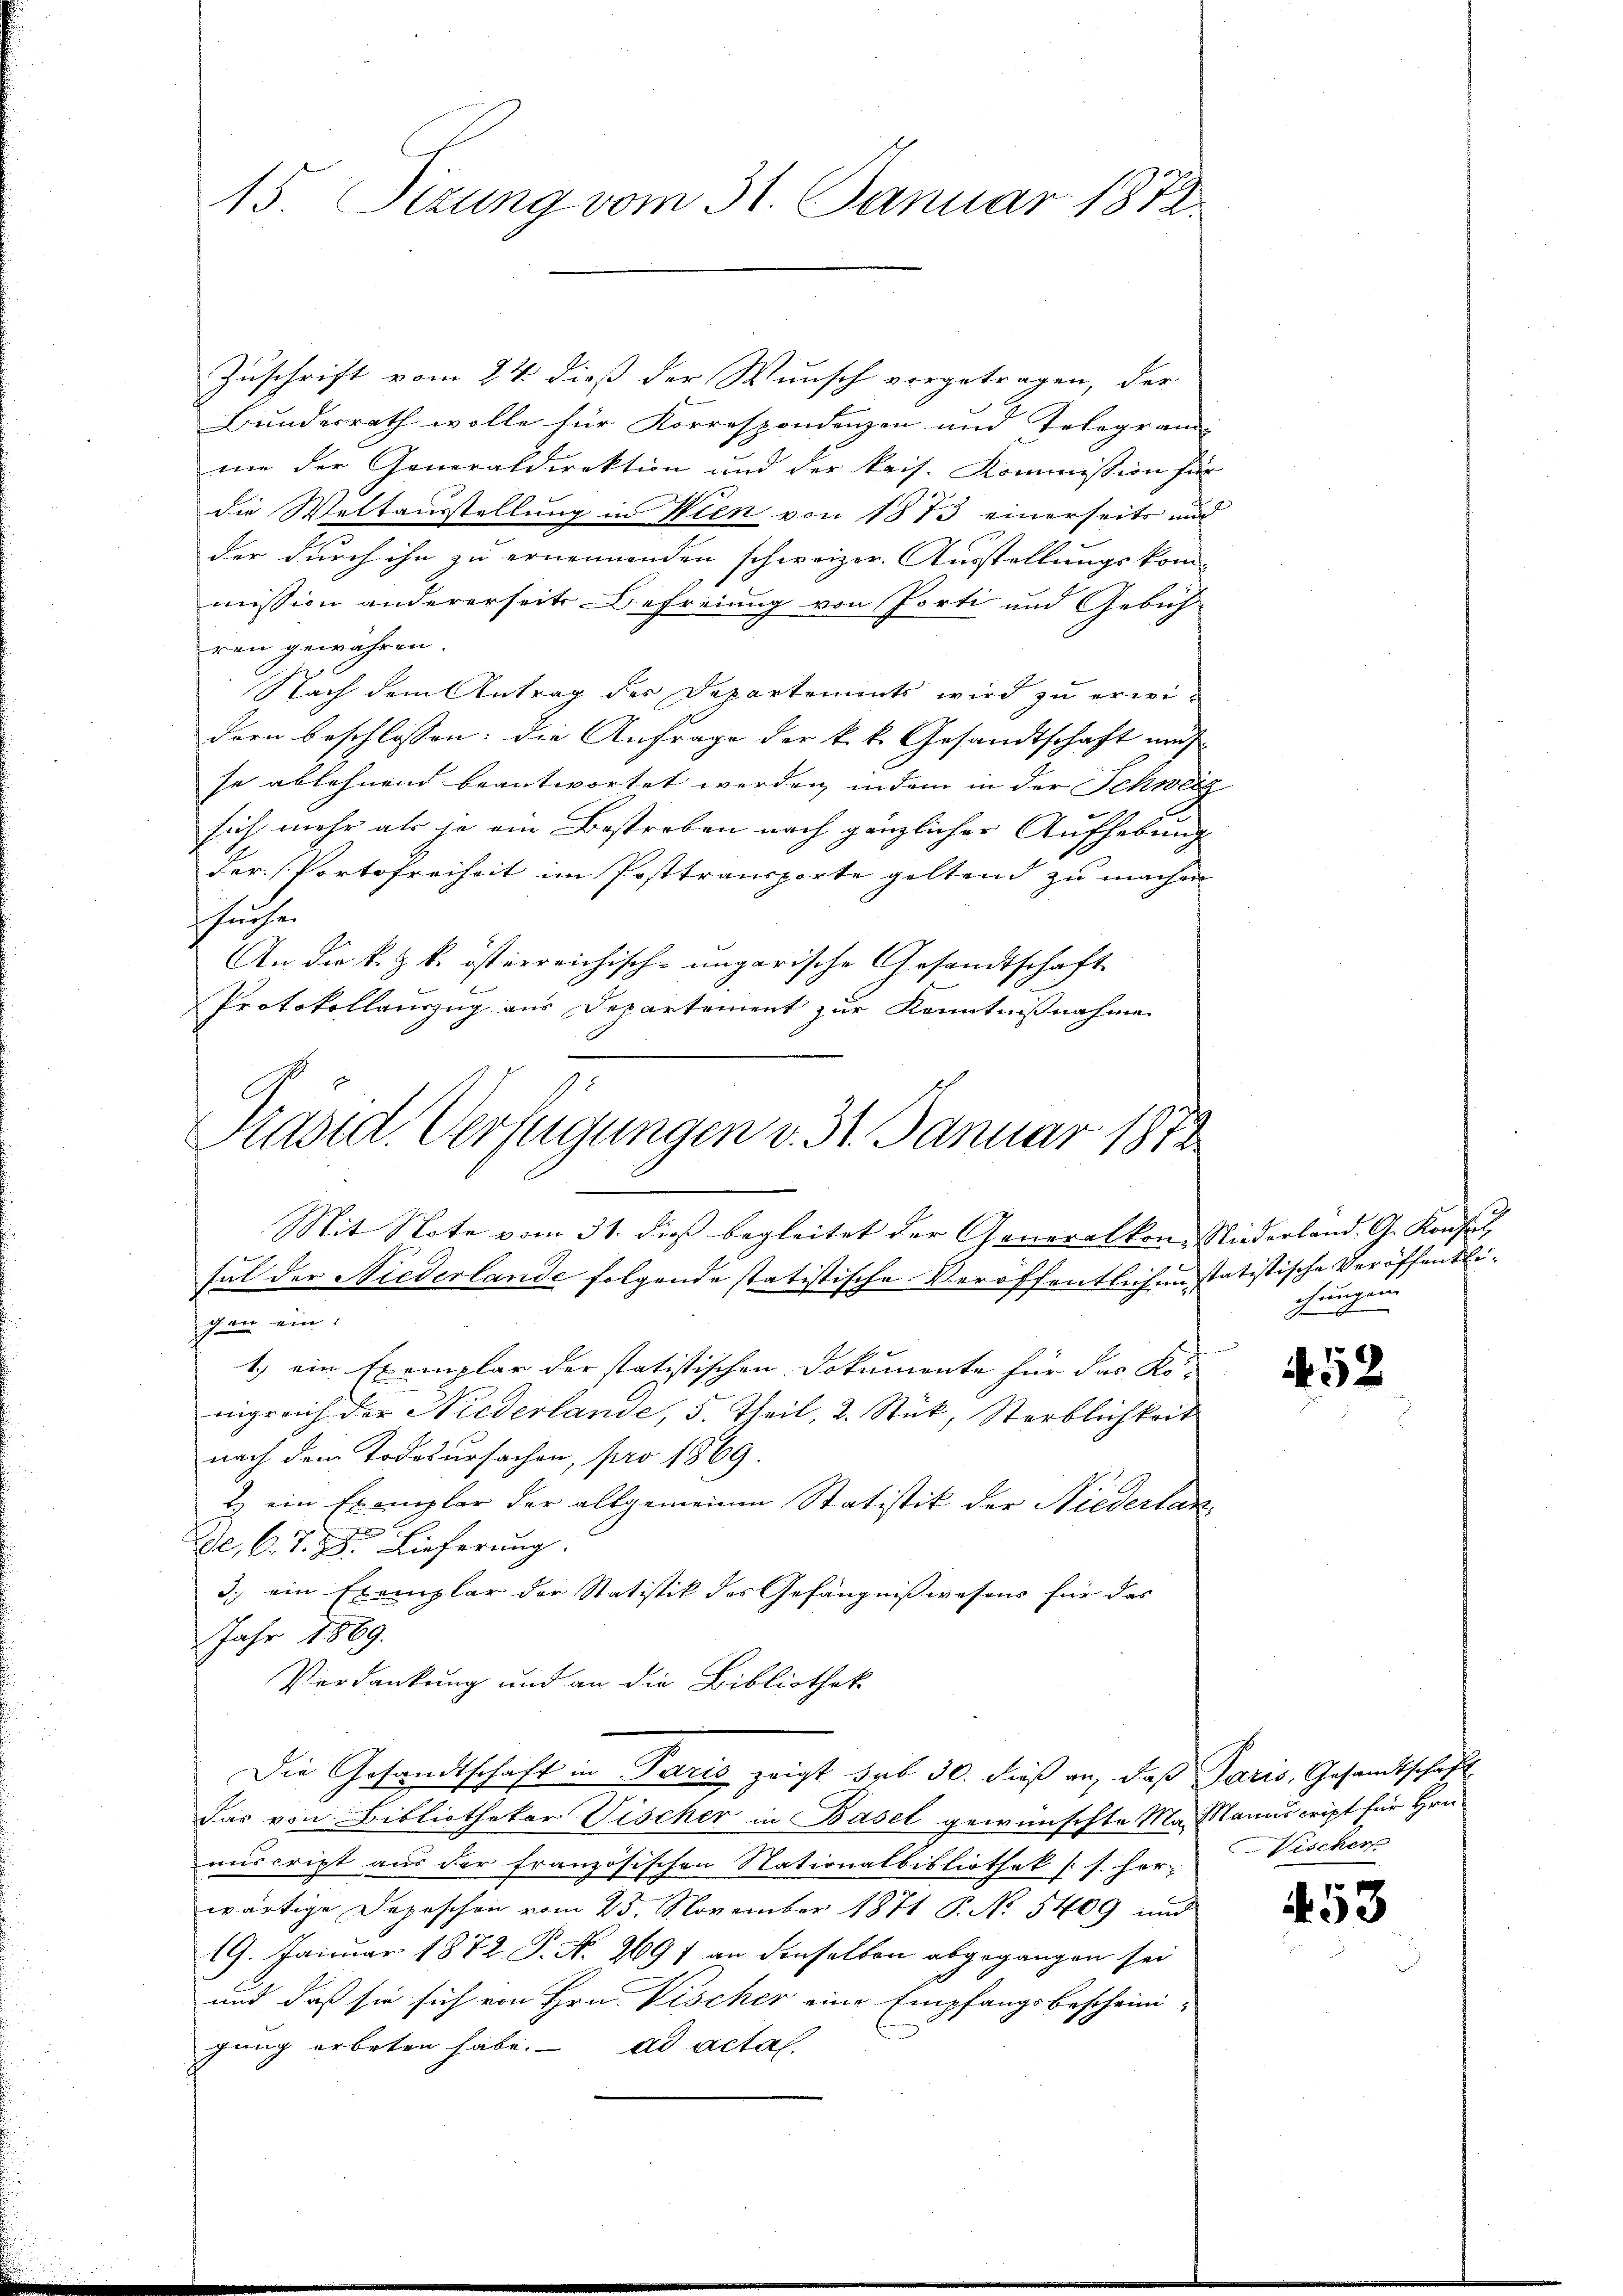
15. Sitzung vom 31. Januar 1872

Zuschrift vom 24. dieß der Wunsch vorgetragen, der
Bundesrath wolle für Korrespondenzen und Telegram- |
me der Generaldirektion und der kais. Kommission für
die Weltausstellung in Wien von 1873 einerseits und
der durch ihn zu ernennenden schweizer. Ausstellungskom- |
mission andererseits Befreiung von Porti und Gebüh
ren gewähren.
Nach dem Antrag der Departements wird zu erweidern beschlossen: die Anfrage der k.k. Gesandtschaft mus
se ablehnend beantwortet werden in dem in der Schweiz
sich mehr als je ein Bestreben nach gänzlicher Aufhebung
der Portofreiheit im Posttransporte geltend zu machen
sruhen
An die k. Z. k. österreichisch-ungarische Gesandtschaft
Protokollauszug aus Departement zur Kenntnißnahme
Präsid. Verfügungen v. 31. Januar 1872

Mit Note vom 31. dieß begleitet der Generalkon-Niederland. G. Konsul

fal der Niederlande folgende statistische Veröffentlichen statistische Veröffentlich in ein
1.) ein Exemplar der statistischen Dokumente für das Ko-
nigreich der Niederlande, 5. Theil, 2. Stück, Sterblichkeit
nach dem Todesursachen, pro 1869.
2 ein Exemplar der allgemeinen Statistik der Niederlan
De, C. J. J. Lieferung.
3.) ein Exemplar der Statistik des Gefängnißwesens für das
Jahr 1869.
Verdankung und an die Bibliothek
Die Gesandtschaft in Paris zeigt sub 30. dieß an, daß Paris, Gesandtschäft
Das von Bibliothekar Vischer in Basel gewünschte Mailanuscript für Hrn.
anscript aus der französischen Nationalbibliothek [s. her-
wärtige Depeschen vom 25. November 1871 P. No 5409 und
19. Januar 1872 P. N. 269 f an denselben abgegangen sei
und daß sie sich von Hrn. Vischer eine Empfangsbescheini-
gung erbeten habe. ad actal.

chungen
se

52

Vischer

453